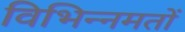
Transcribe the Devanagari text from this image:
विभिन्नमतों